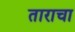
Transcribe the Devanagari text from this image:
ताराचा